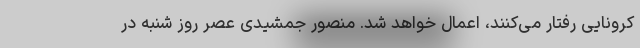
کرونایی رفتار می‌کنند، اعمال خواهد شد. منصور جمشیدی عصر روز شنبه در